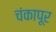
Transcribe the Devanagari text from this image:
चंकापूर